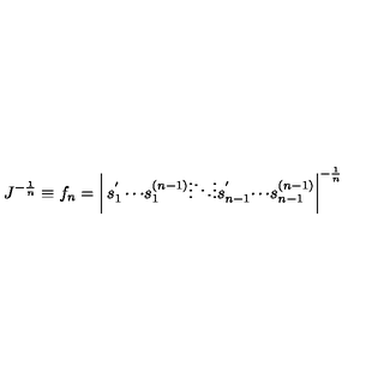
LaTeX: J ^ { - { \frac { 1 } { n } } } \equiv f _ { n } = \left| \begin{matrix} { s _ { 1 } ^ { ' } } & { \cdots } & { s _ { 1 } ^ { ( n - 1 ) } } \\ { \vdots } & { \ddots } & { \vdots } \\ { s _ { n - 1 } ^ { ' } } & { \cdots } & { s _ { n - 1 } ^ { ( n - 1 ) } } \\ \end{matrix} \right| ^ { - { \frac { 1 } { n } } }